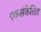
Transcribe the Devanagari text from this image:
एकसंकेतित